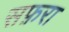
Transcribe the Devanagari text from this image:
सफ़रा